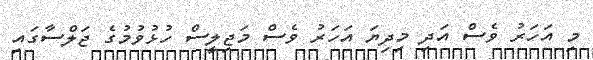
މި އަހަރު ވެސް އަދި މިދިޔަ އަހަރު ވެސް މަޖިލީސް ހުޅުވުމުގެ ޖަލްސާގައި